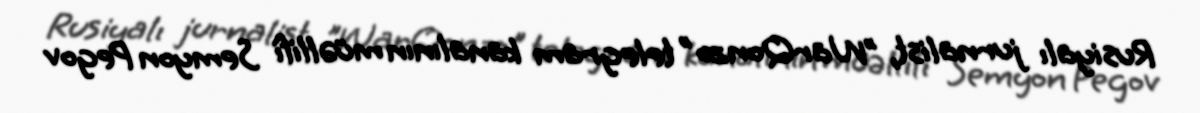
Rusiyalı jurnalist, "WarQonzo" telegram kanalının müəllifi Semyon Pegov